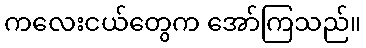
ကလေးငယ်တွေက အော်ကြသည်။